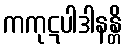
ကကုဋပါဒါနန္တိ